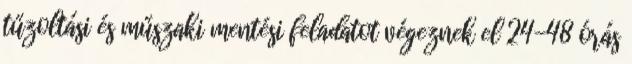
tűzoltási és műszaki mentési feladatot végeznek el 24-48 órás